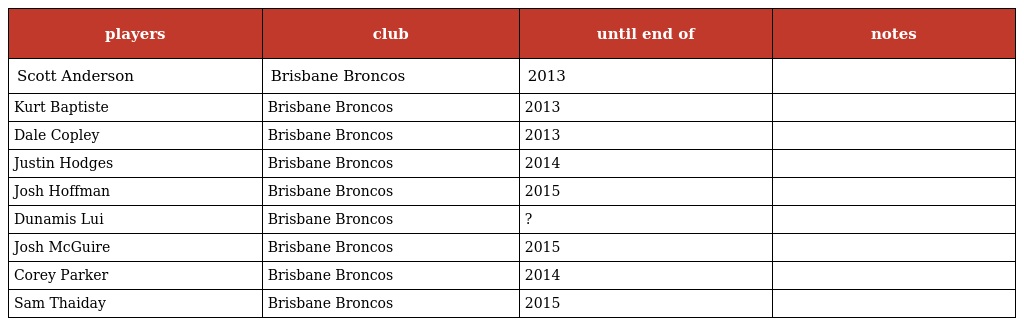
| players | club | until end of | notes |
 | --- | --- | --- | --- |
 | Scott Anderson | Brisbane Broncos | 2013 |  |
 | Kurt Baptiste | Brisbane Broncos | 2013 |  |
 | Dale Copley | Brisbane Broncos | 2013 |  |
 | Justin Hodges | Brisbane Broncos | 2014 |  |
 | Josh Hoffman | Brisbane Broncos | 2015 |  |
 | Dunamis Lui | Brisbane Broncos | ? |  |
 | Josh McGuire | Brisbane Broncos | 2015 |  |
 | Corey Parker | Brisbane Broncos | 2014 |  |
 | Sam Thaiday | Brisbane Broncos | 2015 |  |